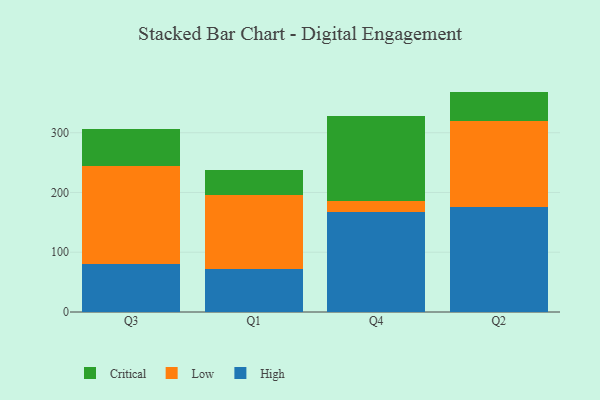
{"axis": {"x": "Quarter", "y": "Net Income (USD K)"}, "legend": ["Critical", "High", "Low"], "data": [{"x": "Q3", "y": 79.9, "type": "High"}, {"x": "Q3", "y": 164.7, "type": "Low"}, {"x": "Q3", "y": 62.0, "type": "Critical"}, {"x": "Q1", "y": 71.7, "type": "High"}, {"x": "Q1", "y": 124.7, "type": "Low"}, {"x": "Q1", "y": 41.0, "type": "Critical"}, {"x": "Q4", "y": 167.8, "type": "High"}, {"x": "Q4", "y": 18.3, "type": "Low"}, {"x": "Q4", "y": 141.8, "type": "Critical"}, {"x": "Q2", "y": 175.9, "type": "High"}, {"x": "Q2", "y": 144.4, "type": "Low"}, {"x": "Q2", "y": 48.5, "type": "Critical"}]}